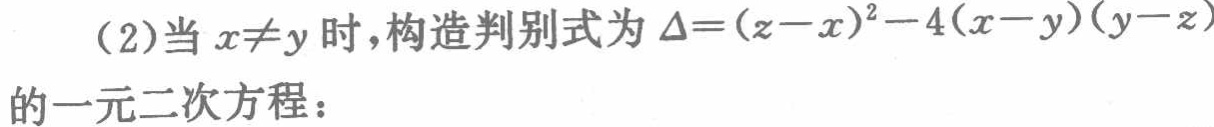
(2)当 \(x\neq y\) 时，构造判别式为 \(\Delta = (z - x)^2 - 4(x - y)(y - z)\) 的一元二次方程：